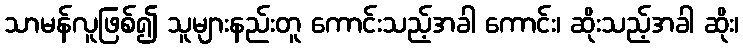
သာမန်လူဖြစ်၍ သူများနည်းတူ ကောင်းသည့်အခါ ကောင်း၊ ဆိုးသည့်အခါ ဆိုး၊